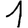
Digit: 1